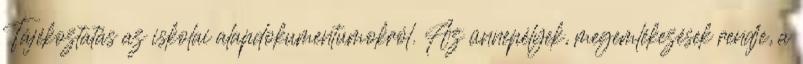
Tájékoztatás az iskolai alapdokumentumokról. Az ünnepélyek, megemlékezések rendje, a